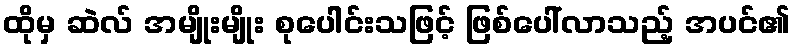
ထိုမှ ဆဲလ် အမျိုးမျိုး စုပေါင်းသဖြင့် ဖြစ်ပေါ်လာသည့် အပင်၏